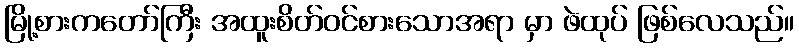
မြို့စားကတော်ကြီး အထူးစိတ်ဝင်စားသောအရာ မှာ ဖဲထုပ် ဖြစ်လေသည်။